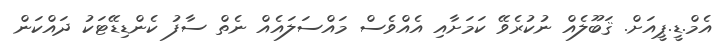
އެމް.ޑީ.ޕީއަށް. ޤަބޫލެއް ނުކުރެވޭ ކަމަށާއި އެއްވެސް މައްސަލައެއް ނެތް ސާފު ކެންޑިޑޭޓަކު ދައްކަން